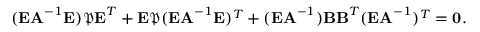
\begin{array} { r } { ( { \textbf E } { \textbf A } ^ { - 1 } { \textbf E } ) \mathfrak { { P } } { \textbf E } ^ { T } + { \textbf E } \mathfrak { { P } } ( { \textbf E } { \textbf A } ^ { - 1 } { \textbf E } ) ^ { T } + ( { \textbf E } { \textbf A } ^ { - 1 } ) { \textbf B } { \textbf B } ^ { T } ( { \textbf E } { \textbf A } ^ { - 1 } ) ^ { T } = \mathbf { { 0 } } . } \end{array}